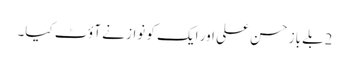
2بلے باز حسن علی اور ایک کو نواز نے آؤٹ کیا۔